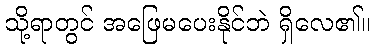
သို့ရာတွင် အဖြေမပေးနိုင်ဘဲ ရှိလေ၏။